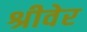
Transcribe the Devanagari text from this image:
श्रीवेर